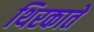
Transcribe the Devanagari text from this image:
थिरकाते